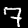
Label: 7